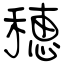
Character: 穂